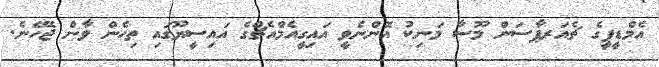
އެމްޑީޕީގެ ޗެއަރޕާސަން މޫސާ މަނިކު އޮންނެވީ އައިގީއެމްއެޗްގެ އައިސީޔޫގައި ތިހެން ވާން ޖެހޭނެ.